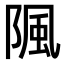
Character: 𨺢